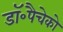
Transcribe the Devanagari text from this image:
डॉ॰पैचेको